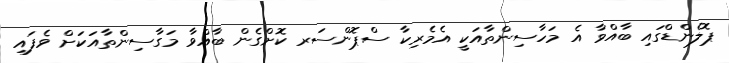
ޕޮލެންޑްގައި ބާއްވާ އެ މަހާސިންތާއަކީ އެމެރިކާ ސްޕޮންސަރ ކޮށްގެން ބާއްވާ މަގާސިންތާއަކަށް ވެފައި